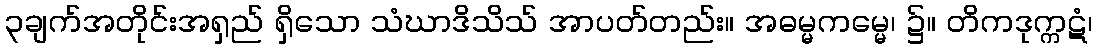
၃ချက်အတိုင်းအရှည် ရှိသော သံဃာဒိသိသ် အာပတ်တည်း။ အဓမ္မကမ္မေ၊ ၌။ တိကဒုက္ကဋံ၊